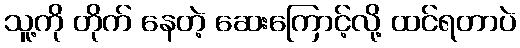
သူ့ကို တိုက် နေတဲ့ ဆေးကြောင့်လို့ ထင်ရတာပဲ